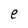
Character: e